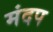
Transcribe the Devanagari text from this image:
मंदप